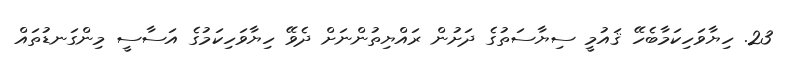
23. ހިޔާވަހިކަމާބެހޭ ޤައުމީ ސިޔާސަތުގެ ދަށުން ރައްޔިތުންނަށް ދެވޭ ހިޔާވަހިކަމުގެ އަސާސީ މިންގަނޑުތައް